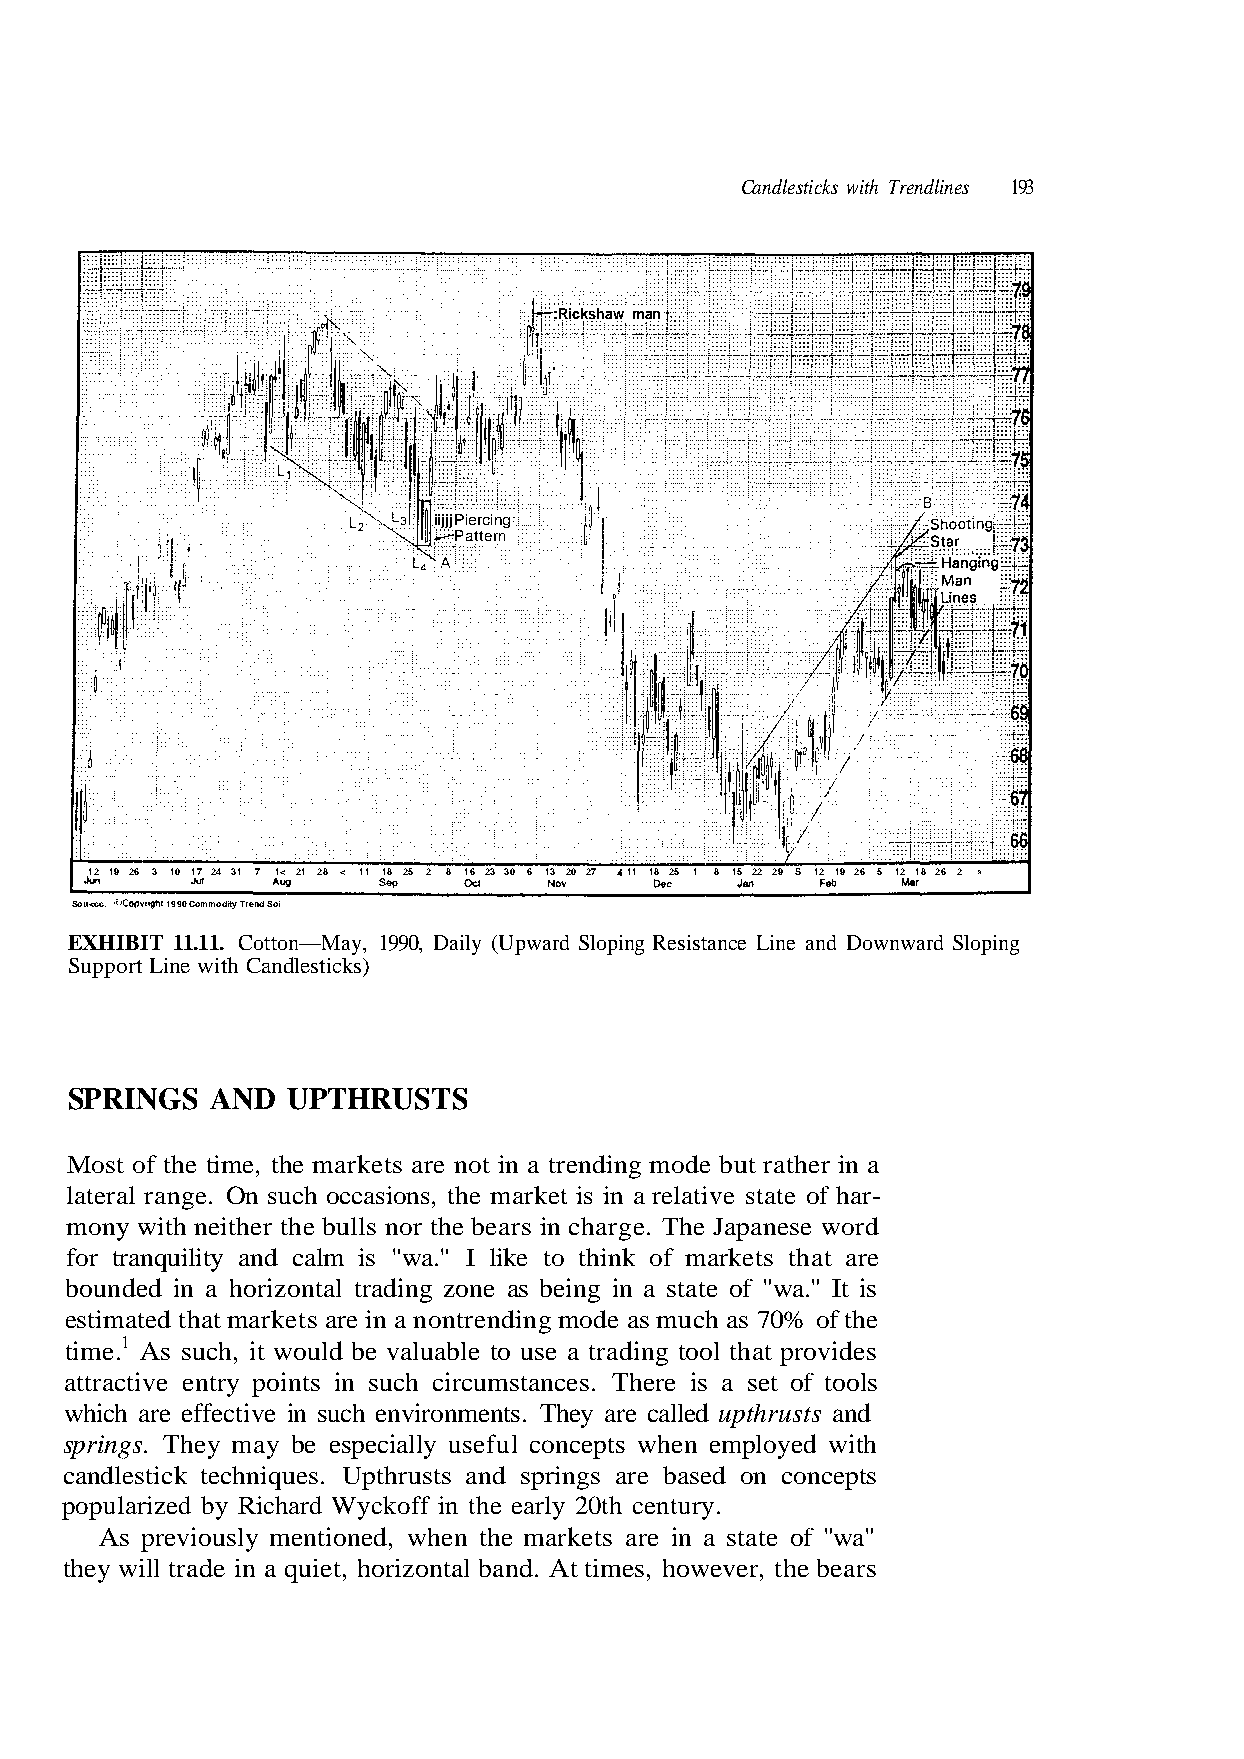
:Rickshaw man
 iijjj Piercing
 i^ Pattern
 12 19 26 3 10 17 24 31 7 1< 21 28 < 11 18 25 2 8 16 23 30 6 13 20 27 i 11 18 25 1 8 15 22 29 S 12 19 26 5 12 18 26 2 »
 'i'Copy'gtit
 EXHIBIT 11.11. Cotton—May, 1990, Daily (Upward Sloping Resistance Line and Downward Sloping
 Support Line with Candlesticks)
 SPRINGS   AND  UPTHRUSTS
 Most of the time, the markets are not in a trending mode but rather in a
 lateral range. On such occasions, the market is in a relative state of har-
 mony with neither the bulls nor the bears in charge. The Japanese word
 for tranquility and calm is "wa." I like to think of markets that are
 estimated that markets are in a nontrending mode as much as 70% of the
 which are effective in such environments. They are called upthrusts and
 springs. They may be especially useful concepts when employed with
 candlestick techniques. Upthrusts and springs are based on concepts
 they will trade in a quiet, horizontal band. At times, however, the bears
 s i It " a. ntal trading zone as being in a state of "w
 valuable to use a trading tool that provides
 in such circumstances. There is a set of tools
 ard Wyckoff in the early 20th century.
 Sou<cc. 1990 Commodity Trend Soi
 bounded in a horizo
 1 time. As such, it would be
 attractive entry points
 popularized by Rich
 As previously mentioned, when the markets are in a state of "wa"
 193 Trendlines with Candlesticks